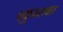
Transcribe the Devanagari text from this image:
एकुंचलवार